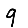
Digit: 9